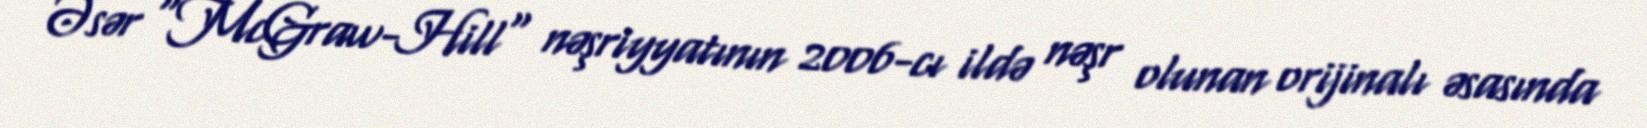
Əsər "McGraw-Hill" nəşriyyatının 2006-cı ildə nəşr olunan orijinalı əsasında